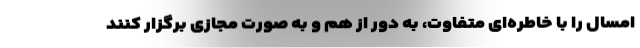
امسال را با خاطره‌ای متفاوت، به دور از هم و به صورت مجازی برگزار کنند